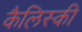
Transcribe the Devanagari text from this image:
कैलिस्की